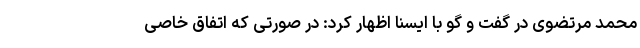
محمد مرتضوی در گفت و گو با ایسنا اظهار کرد: در صورتی که اتفاق خاصی